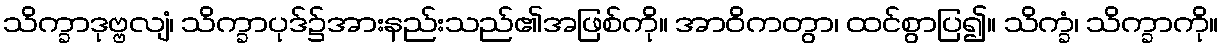
သိက္ခာဒုဗ္ဗလျံ၊ သိက္ခာပုဒ်၌အားနည်းသည်၏အဖြစ်ကို။ အာဝိကတွာ၊ ထင်စွာပြ၍။ သိက္ခံ၊ သိက္ခာကို။